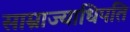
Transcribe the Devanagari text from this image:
साम्राज्याधिपति